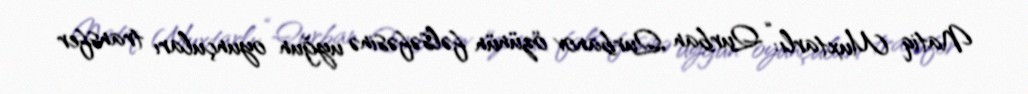
Natiq Muxtarlı: “Qurban Qurbanov özünün fəlsəfəsinə uyğun oyunçuları transfer